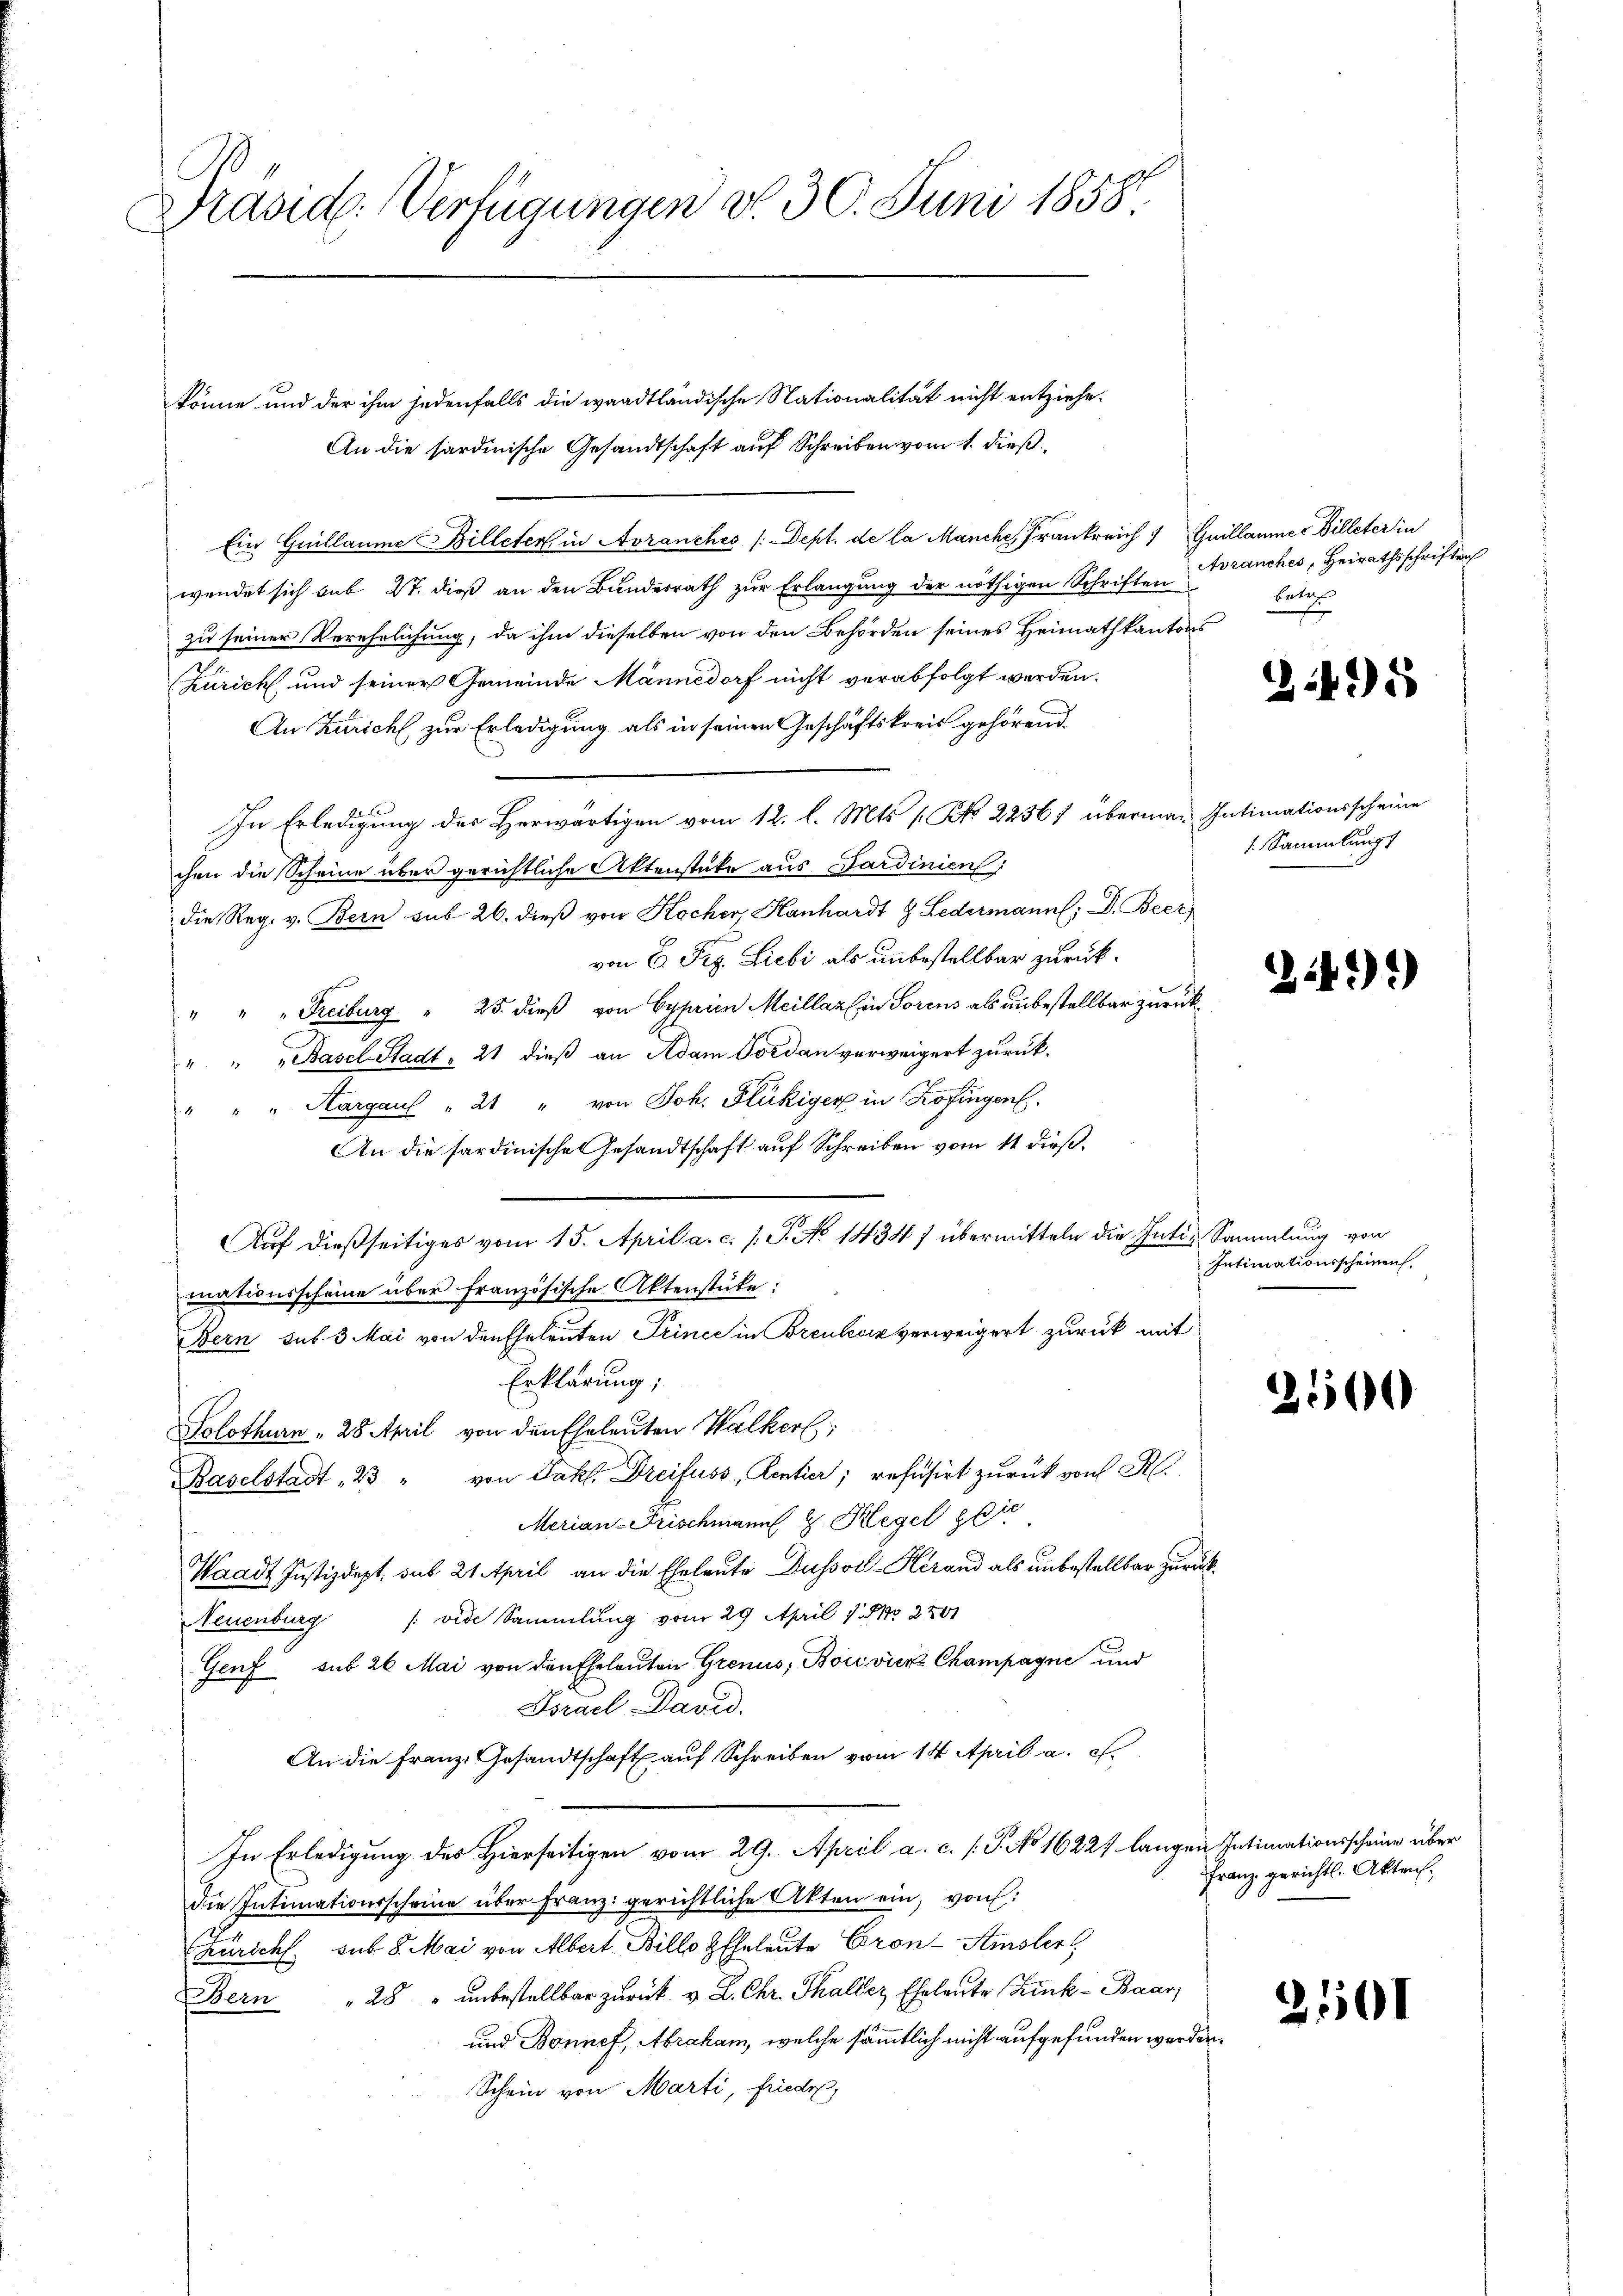
Präsid. Verfügungen d. 30. Juni 1858.

könne und der ihm jedenfalls die waadtländische Nationalität nicht entziehe.
An die sardinische Gesandtschaft auf Schreiben vom 1. dieß
Ein Guillaume Billeter in Avranches /:Dept. de la Manche, Frankreich 1 Guillaume illeter in
wendet sich sub 27. dieß an den Bundesrath zur Erlangung der nöthigen Schriften
zu seiner Verehrlichung, da ihm dieselben von den Behörden seines Heimath kantons
Zürich und seiner Gemeinde Männedorf nicht verabfolgt werden.
An Zürich, zur Erledigung als in seinen Geschäftskreis gehörend.
In Erledigung der Herwärtigen vom 12. l. Mts [ Kk. 22567 überman Intimationsscheine
chen die Scheine über gerichtliche Aktenstüke aus Sardinien
die Reg. v. Bern sub 26. dieß von Kocher, Hanhardt & Ledermann, Dr. Beer,
von E. Pig. Liebi als unbestellbar zurücke
" " " Freiburg " 25. dieß von Cyprien Meillazin Sorens als unbestellbar zurück¬
" " " Basel-Stadt, 21 dieß an Adam Jordan verweigert zurück.
" " " Aargaul " 21 " von Joh. Flükiger in Zofingen.
An die sardinische Gesandtschaft auf Schreiben vom 11 dieß.
Auf dießseitiges vom 15. April a. c. /. J. No 1434 ) übermitteln die Intis Sammlung von
mationsscheine über französische Aktenstüke:
Bern sub 3 Mai von den Eheleuten Prince in Breuloir verweigert zurück mit
Erklärung;
Solothurn , 28 April von den Eheleuten Walker;
Baselstadt 23 " von Jakt. Dreifuss, Rentia; refusirt zurück von R.
Merian-Frischmann 2 Hegel die
Waadt Justizdept. sub 21 April an die Eheleute Dussor Herand als unbestellbar zurück¬
/: vide Sammlung vom 29. April 1. No 2701
Neuenburg
Genf sub 26 Mai von den Eheleuten Grenus, Boivier Champagne und
Brael David
An die Franz. Gesandtschaft auf Schreiben vom 14. April a. c.
In Erledigung des Hierseitigen vom 29. April a. c. (T. No 16221 langen Intimationsscheine über
die Intimationsscheine über Franz gerichtliche Akten ein, von:
Züricht sub. 8. Mai von Albert Billo HEheleute Cron-Amsler
Bern " 28 " ŭnbestallbar zŭrück u. L. Chr. Thaller Eheleute Zink- Baar,
und Bonnef, Abraham, welche sämmtlich nicht aufgefunden werden.
Schein von Marti, friede

Avranches, Heirathsschriften
Betz

1 Sammlungs

Intimationsscheinen.

2495

243)

2500

Franz gerichtl. Akten.

2101